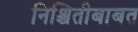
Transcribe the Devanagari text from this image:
निश्चितीबाबत